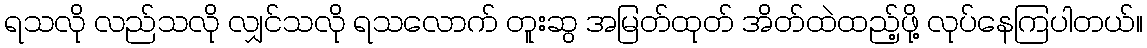
ရသလို လည်သလို လျှင်သလို ရသလောက် တူးဆွ အမြတ်ထုတ် အိတ်ထဲထည့်ဖို့ လုပ်နေကြပါတယ်။